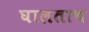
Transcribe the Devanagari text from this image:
घालताच